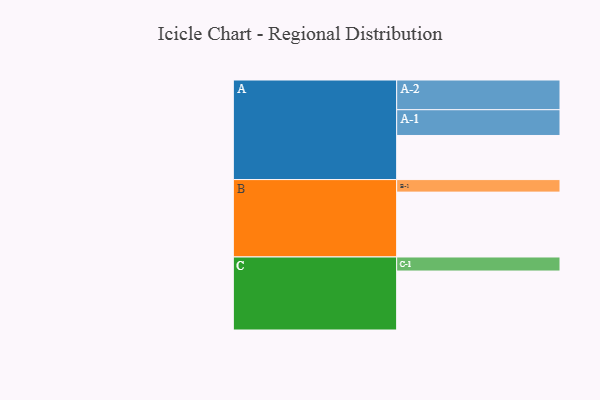
{"axis": {"x": "Segment", "y": "Value"}, "legend": ["", "A", "B", "C"], "data": [{"x": "A", "y": 380, "type": ""}, {"x": "B", "y": 559, "type": ""}, {"x": "C", "y": 508, "type": ""}, {"x": "A-1", "y": 222, "type": "A"}, {"x": "A-2", "y": 256, "type": "A"}, {"x": "B-1", "y": 108, "type": "B"}, {"x": "C-1", "y": 121, "type": "C"}]}